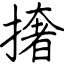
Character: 撦